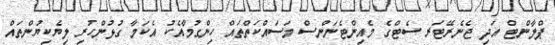
ޕްލާންޓް އަދި ޖެނެރޭޓަރ ސެޓްގެ މެއިންޓެނަންސް މަސައްކަތްތައް ހިންގުމާއެކު އެކަމާ ގުޅުންހުރި ލިޔެކިޔުންތައް